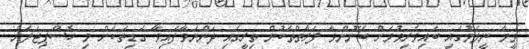
ވީމާ ނީލަމުގައި ބައިވެރިވުމަށް ބޭނުންވާ ފަރާތްތަކުން ތިރީގައި ދަންނަވާފައިވާ ގަޑިތަކަށް މި ހޮސްޕިޓަލަށް